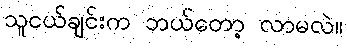
သူငယ်ချင်းက ဘယ်တော့ လာမလဲ။